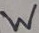
Text: W